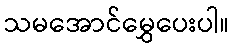
သမအောင်မွှေပေးပါ။